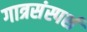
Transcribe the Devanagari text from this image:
गात्रसंस्पर्श